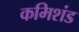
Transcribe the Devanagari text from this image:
कमिशंड